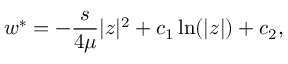
w ^ { * } = - \frac { s } { 4 \mu } | z | ^ { 2 } + c _ { 1 } \ln ( | z | ) + c _ { 2 } ,